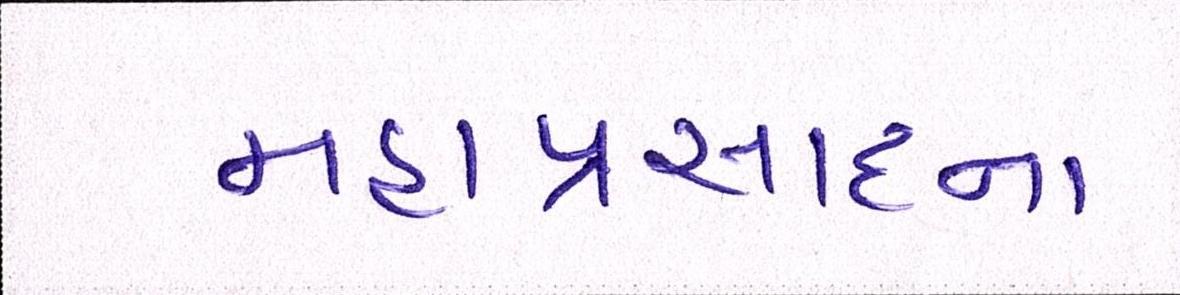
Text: મહાપ્રસાદના